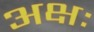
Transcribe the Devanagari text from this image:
अक्षः